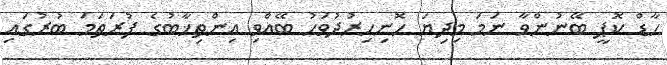
ހާޑް ކޮޕީ ބޭނުންވާ ނަމަ މިދިޔަ ހޮނިހިރުދުވަހު ބޭއްވި އިންތިޚާބުގެ ފުރަތަމަ ބުރުގައި